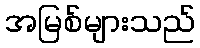
အမြစ်များသည်